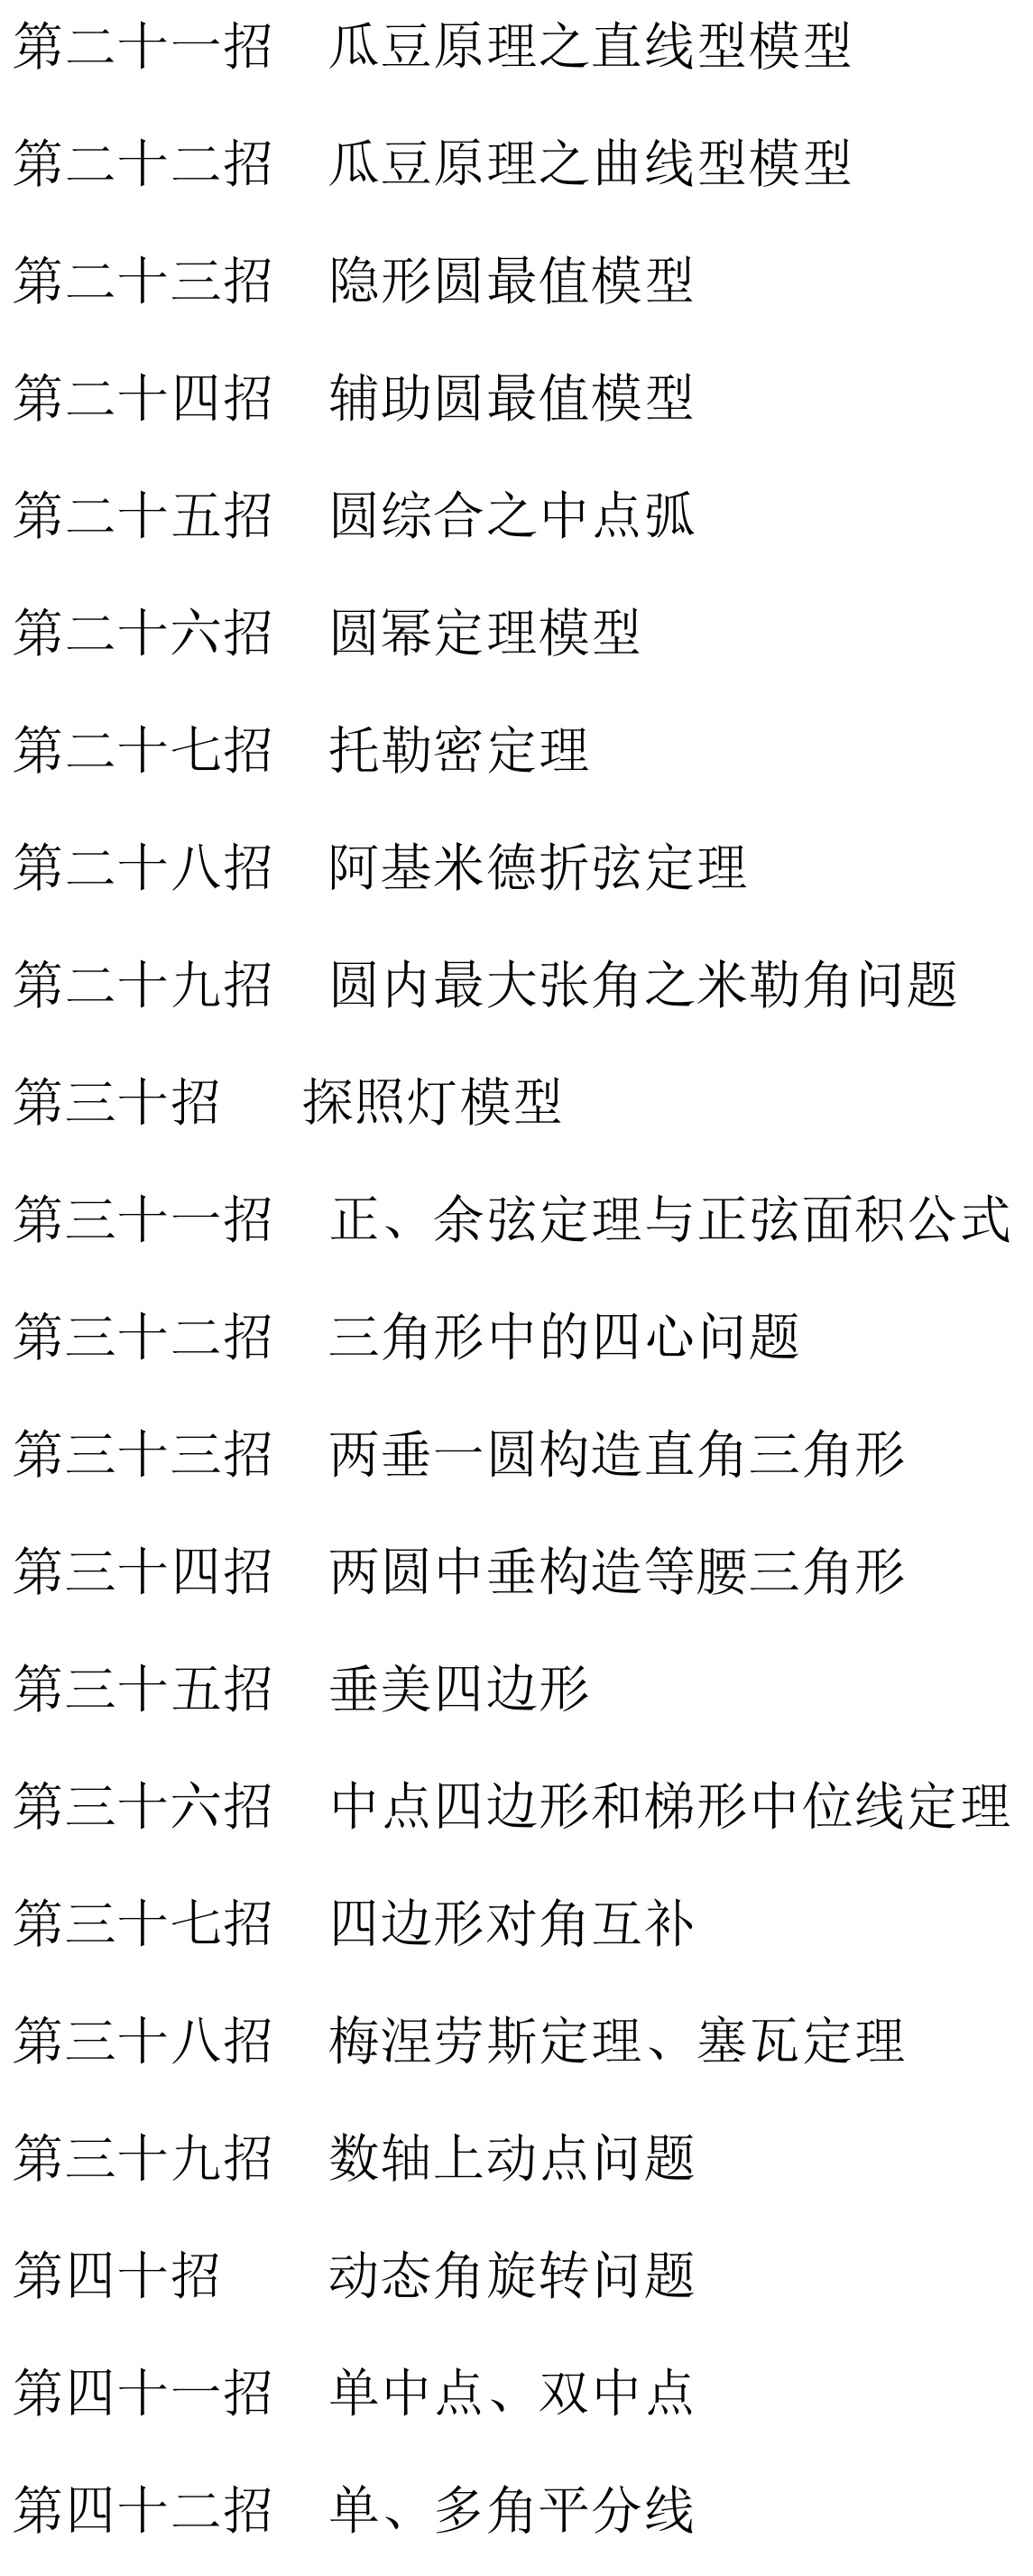
第二十一招 瓜豆原理之直线型模型
第二十二招 瓜豆原理之曲线型模型
第二十三招 隐形圆最值模型
第二十四招 辅助圆最值模型
第二十五招 圆综合之中点弧
第二十六招 圆幂定理模型
第二十七招 托勒密定理
第二十八招 阿基米德折弦定理
第二十九招 圆内最大张角之米勒角问题
第三十招 探照灯模型
第三十一招 正、余弦定理与正弦面积公式
第三十二招 三角形中的四心问题
第三十三招 两垂一圆构造直角三角形
第三十四招 两圆中垂构造等腰三角形
第三十五招 垂美四边形
第三十六招 中点四边形和梯形中位线定理
第三十七招 四边形对角互补
第三十八招 梅涅劳斯定理、塞瓦定理
第三十九招 数轴上动点问题
第四十招 动态角旋转问题
第四十一招 单中点、双中点
第四十二招 单、多角平分线